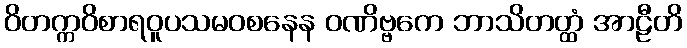
ဝိတက္ကဝိစာရဝူပသမဝစနေန ဝဏိဗ္ဗကေ ဘာသိတတ္ထံ အာဠီတိ